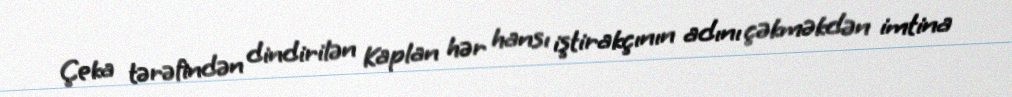
Çeka tərəfindən dindirilən Kaplan hər hansı iştirakçının adını çəkməkdən imtina